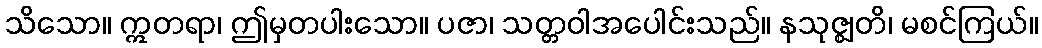
သိသော။ ဣတရာ၊ ဤမှတပါးသော။ ပဇာ၊ သတ္တဝါအပေါင်းသည်။ နသုဇ္ဈတိ၊ မစင်ကြယ်။